Document type: Sale
Year: 1305
Scribe: Bernat de Vilarúbia
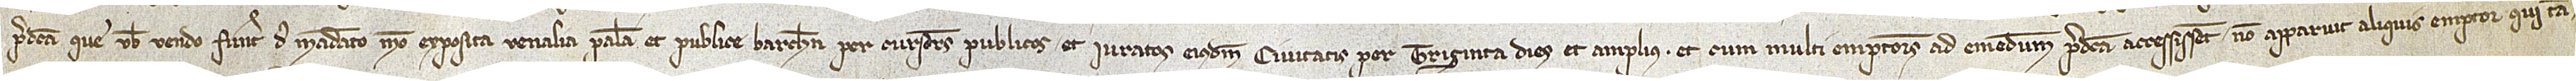
predicta que vobis vendo fuerunt de mandato meo exposita venalia palam et publice Barchinone per cursores publicos et iuratos eiusdem civitatis per triginta dies et amplius. Et cum multi emptores ad emendum accessissent, non apparuit aliquis emptor qui tan-